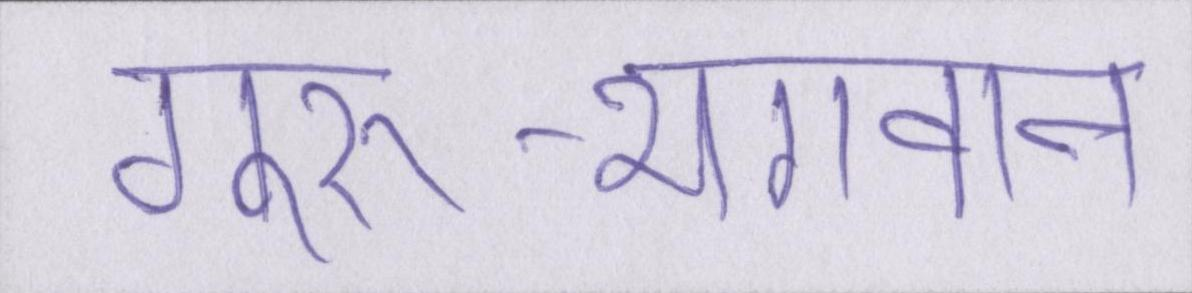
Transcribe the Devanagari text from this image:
गुरु-भगवान